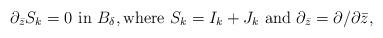
LaTeX: \begin{align*}\partial_{\bar{z}}S_k=0 \ \mbox{in $B_\delta$},\mbox{where $S_k=I_k+J_k$ and $\partial_{\bar{z}}=\partial/\partial \bar{z}$}, \end{align*}